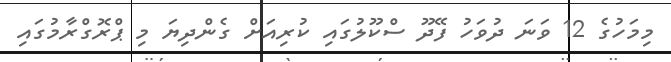
މިމަހުގެ 12 ވަނަ ދުވަހު ފޭދޫ ސްކޫލުގައި ކުރިއަށް ގެންދިޔަ މި ޕްރޮގްރާމުގައި